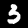
Label: 3